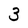
Character: 3